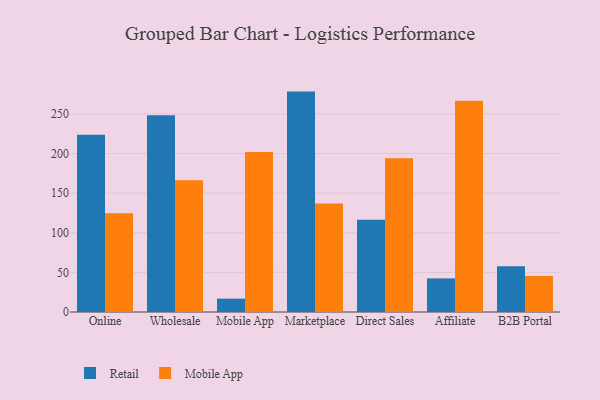
{"axis": {"x": "Channel", "y": "Satisfaction Score"}, "legend": ["Mobile App", "Retail"], "data": [{"x": "Online", "y": 223.8, "type": "Retail"}, {"x": "Online", "y": 124.5, "type": "Mobile App"}, {"x": "Wholesale", "y": 248.3, "type": "Retail"}, {"x": "Wholesale", "y": 166.3, "type": "Mobile App"}, {"x": "Mobile App", "y": 16.8, "type": "Retail"}, {"x": "Mobile App", "y": 202.0, "type": "Mobile App"}, {"x": "Marketplace", "y": 278.1, "type": "Retail"}, {"x": "Marketplace", "y": 136.9, "type": "Mobile App"}, {"x": "Direct Sales", "y": 116.5, "type": "Retail"}, {"x": "Direct Sales", "y": 194.0, "type": "Mobile App"}, {"x": "Affiliate", "y": 42.4, "type": "Retail"}, {"x": "Affiliate", "y": 266.7, "type": "Mobile App"}, {"x": "B2B Portal", "y": 57.7, "type": "Retail"}, {"x": "B2B Portal", "y": 45.4, "type": "Mobile App"}]}